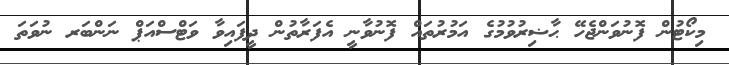
މިކޯޓުން ފޮނުވަންޖެހޭ ޙާޟިރުވުމުގެ އަމުރުތައް ފޮނުވާނީ އެފަރާތުން ދީފައިވާ ވަޓްސްއަޕް ނަންބަރ ނުވަތަ